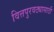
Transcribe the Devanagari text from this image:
वित्तपुरवठ्यासाठी